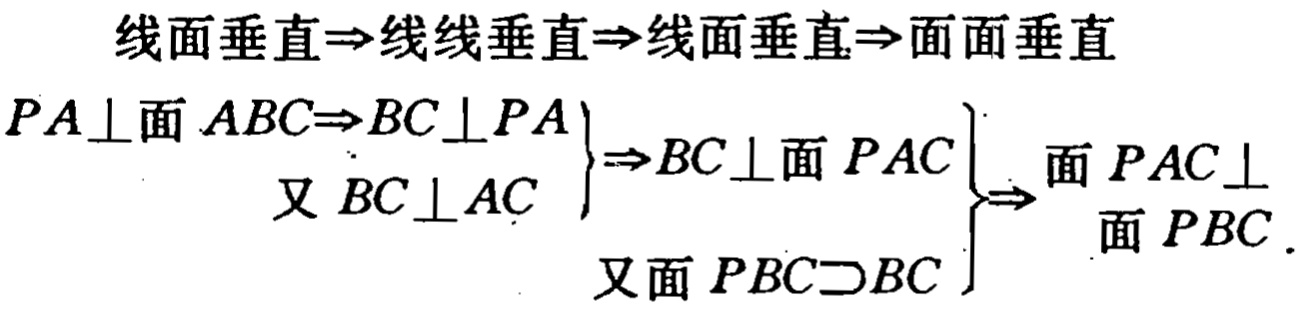
线面垂直$\Rightarrow$线线垂直$\Rightarrow$线面垂直$\Rightarrow$面面垂直

$PA\perp面\ ABC\Rightarrow BC\perp PA$

$\left.\begin{array}{r}  \\ 又\ BC\perp AC\end{array}\right\}\Rightarrow BC\perp面\ PAC$

$\left.\begin{array}{r}  \\ 又面\ PBC\supset BC\end{array}\right\}\Rightarrow\begin{array}{r}面\ PAC\perp\\面\ PBC\end{array}$